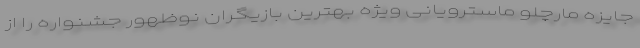
جایزه مارچلو ماسترویانی ویژه بهترین بازیگران نوظهور جشنواره را از